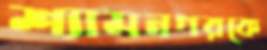
শ্যামনগরকে